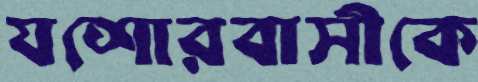
যশোরবাসীকে